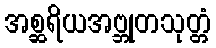
အစ္ဆရိယအဗ္ဘုတသုတ္တံ